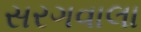
સરગવાલા